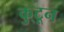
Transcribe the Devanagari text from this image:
कु्टून